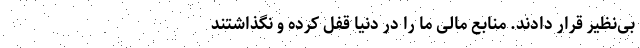
بی‌نظیر قرار دادند. منابع مالی ما را در دنیا قفل کرده‌ و نگذاشتند